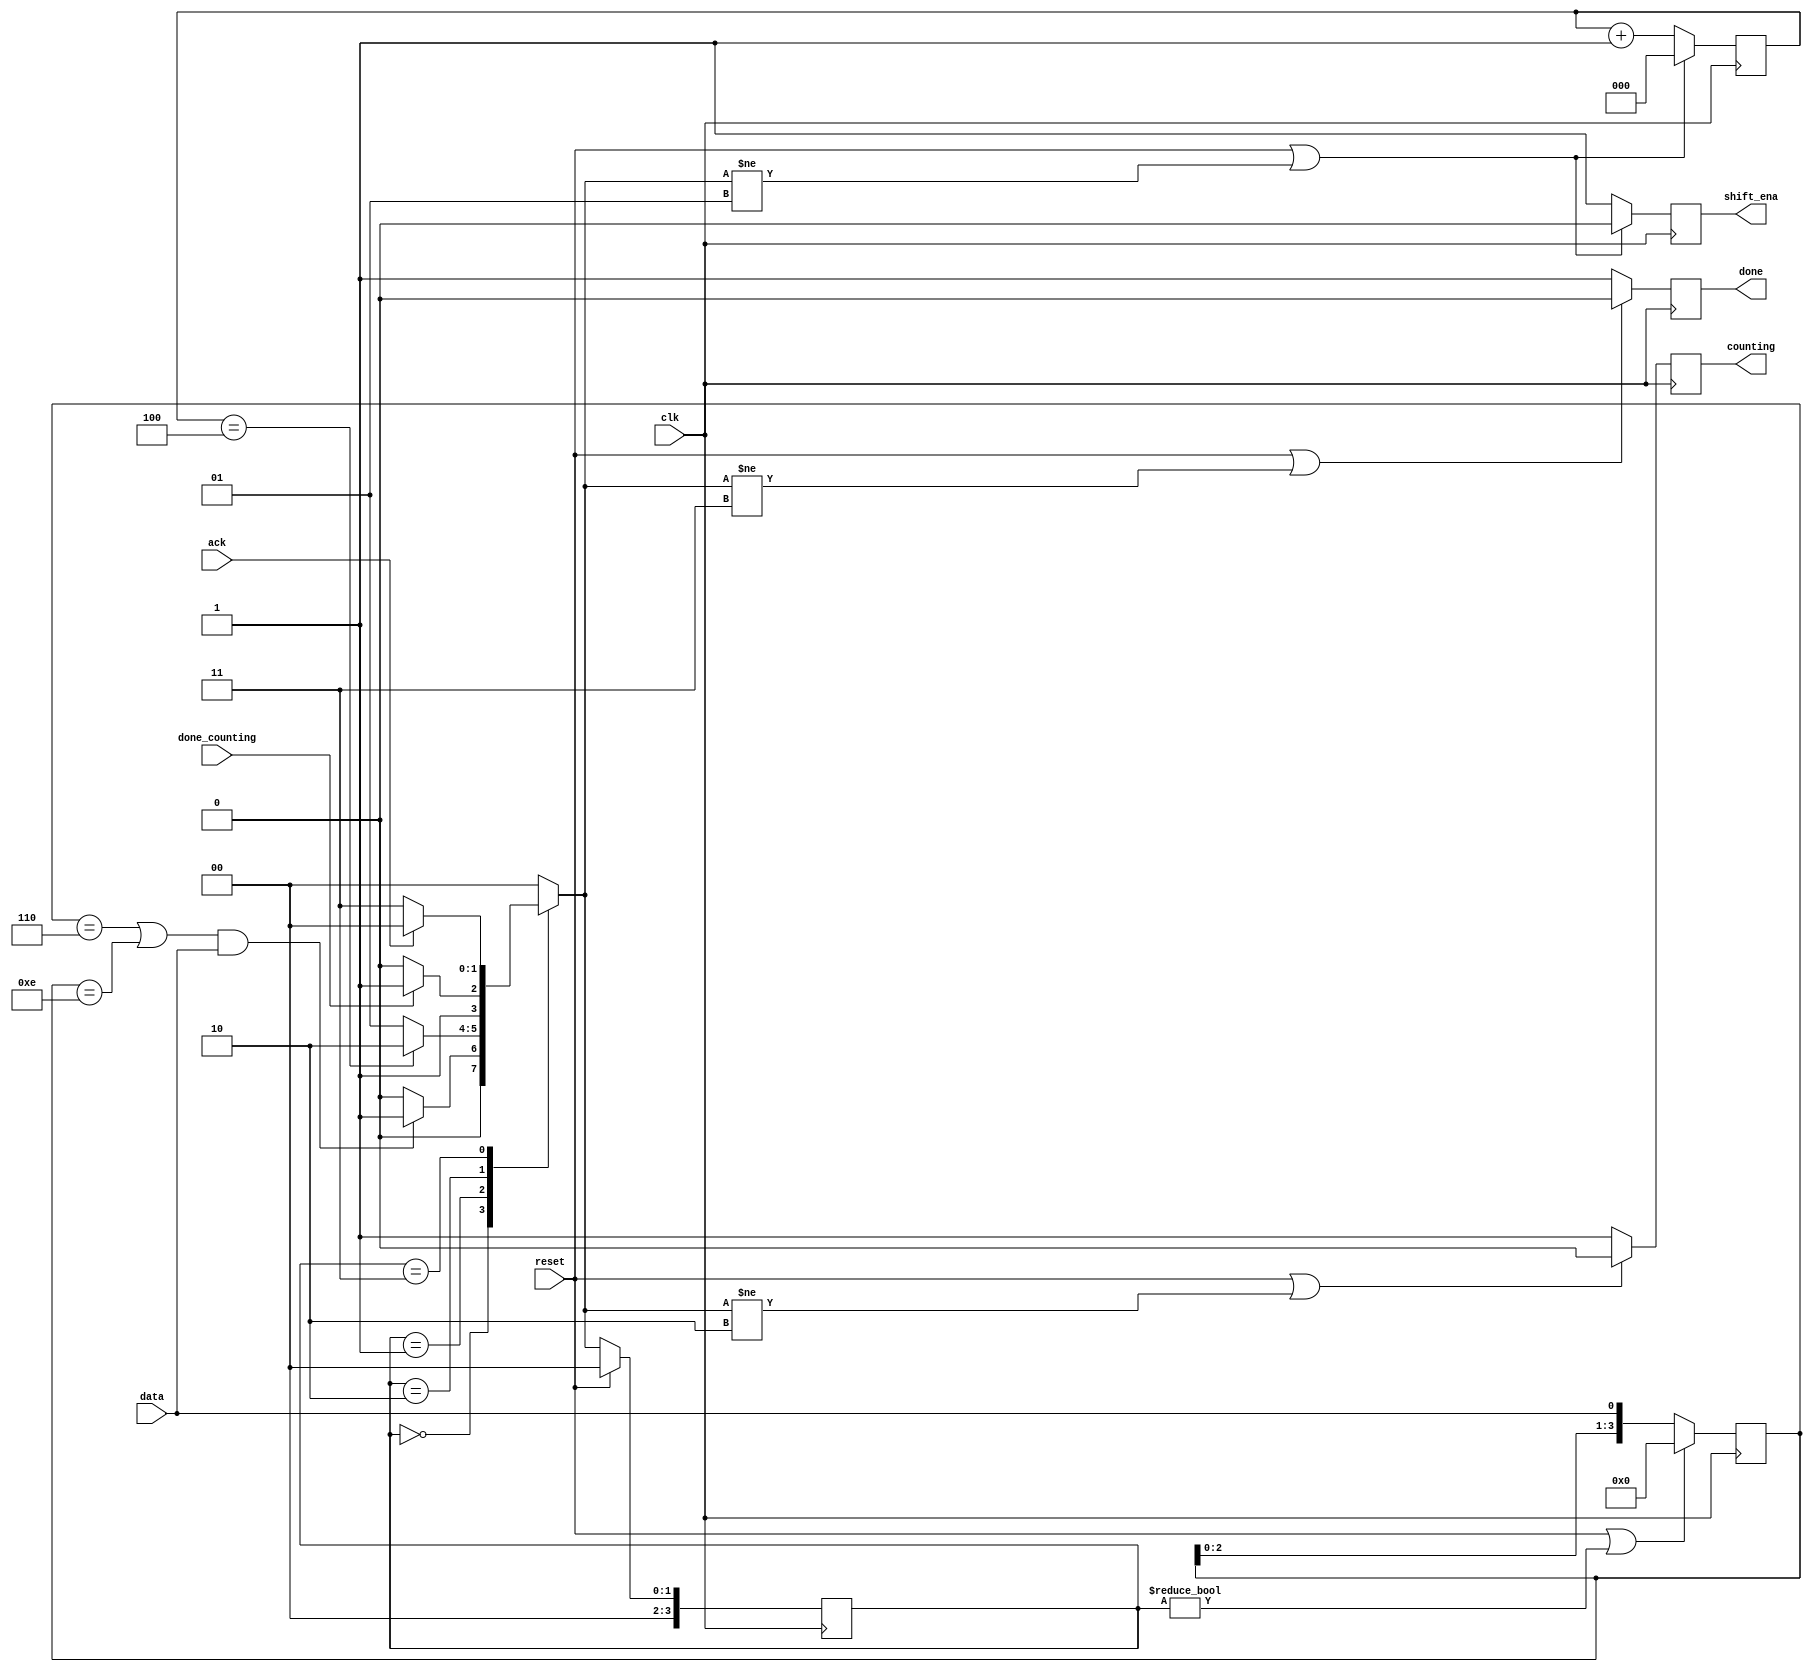
module top_module (
    input clk,
    input reset,      // Synchronous reset
    input data,
    output shift_ena,
    output counting,
    input done_counting,
    output done,
    input ack );
    
    parameter Wait  = 0;
    parameter Shift = 1;
    parameter Count = 2;
    parameter Done  = 3;
    
    reg shift_ena_r;
    reg counting_r;
    reg done_r;
    assign shift_ena = shift_ena_r;
    assign counting  = counting_r;
    assign done      = done_r;
    
    reg [3:0] state;
    reg [3:0] nxt_state;
    reg [2:0] shif_count;
    reg [3:0] data_detect;
    reg event_done;
    always @(posedge clk) begin
        if(reset) begin
            state <= Wait;
        end else begin
            state <= nxt_state;
        end
    end

    always @(*) begin
        case (state)
            Wait: begin
                if((data_detect == 4'b0110 || data_detect == 4'b1110)&&data == 1) begin
                    nxt_state = Shift;
                end else begin
                    nxt_state = Wait;
                end
            end
            Shift: begin
                if(shif_count == 4) begin
                    nxt_state = Count;
                end else begin
                    nxt_state = Shift;
                end
            end
            Count: begin
                if(done_counting == 1) begin
                    nxt_state = Done;
                end else begin
                    nxt_state = Count;
                end
            end

            Done: begin
                if(ack == 1) begin
                    nxt_state = Wait;
                end else begin
                    nxt_state = Done;
                end
            end
            
            default: nxt_state = Wait;
        endcase
    end

    always @(posedge clk) begin
        if(reset || state!= Wait) begin
            data_detect <= 4'b0;
        end else begin
            data_detect <= {data_detect[2:0],data};
        end
    end

    always @(posedge clk) begin
        if(reset || nxt_state != Shift) begin
            shif_count <= 0;
            shift_ena_r <= 0;
        end else begin
            shift_ena_r <= 1;
            shif_count <= shif_count +1;
        end
    end

    always @(posedge clk) begin
        if(reset || nxt_state != Count) begin
            counting_r <= 0;
        end else begin
            counting_r <= 1;
        end
    end

    always @(posedge clk) begin
        if(reset || nxt_state != Done) begin
            done_r <= 0;
        end else begin
            done_r <= 1;
        end
    end
    
endmodule